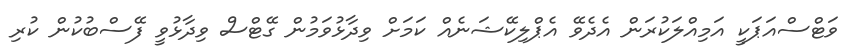
ވަޓްސްއަޕަކީ އަމިއްލަކުރަން އެދެވޭ އެޕްލިކޭޝަނެއް ކަމަށް ވިދާޅުވަމުން ގޭޓްސް ވިދާޅުވީ ފޭސްބުކުން ކުރި